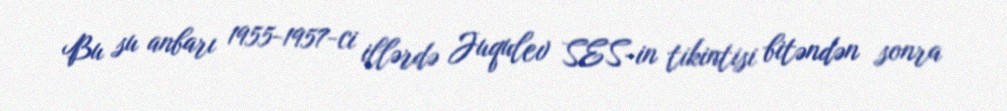
Bu su anbarı 1955-1957-ci illərdə Juqulev SES-in tikintisi bitəndən sonra